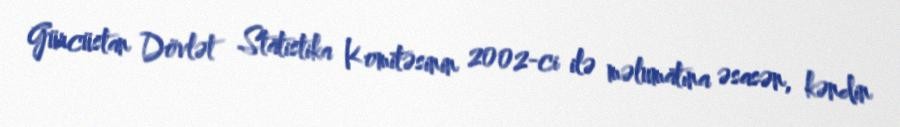
Gürcüstan Dövlət Statistika Komitəsinin 2002-ci ilə məlumatına əsasən, kəndin